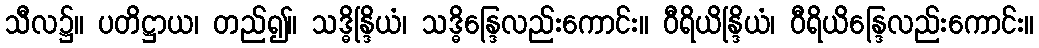
သီလ၌။ ပတိဋ္ဌာယ၊ တည်၍။ သဒ္ဓိန္ဒြိယံ၊ သဒ္ဓိန္ဒြေလည်းကောင်း။ ဝီရိယိန္ဒြိယံ၊ ဝီရိယိန္ဒြေလည်းကောင်း။